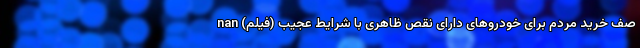
صف خرید مردم برای خودروهای دارای نقص ظاهری با شرایط عجیب (فیلم) nan